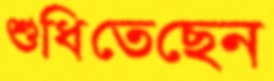
শুধিতেছেন